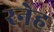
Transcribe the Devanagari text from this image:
रनेह